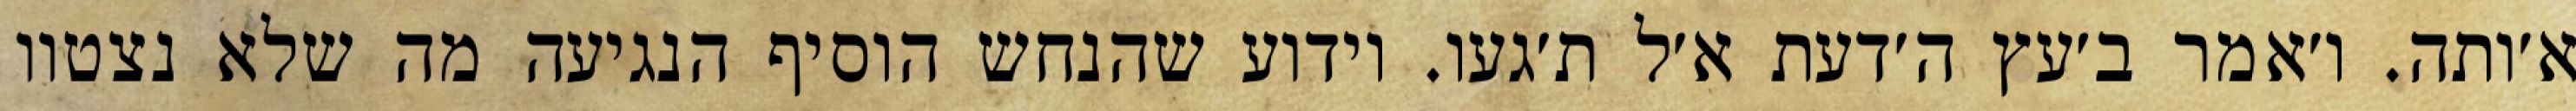
א׳ותה. ו׳אמר ב׳עץ ה׳דעת א׳ל ת׳געו. וידוע שהנחש הוסיף הנגיעה מה שלא נצטוו